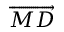
\overrightarrow { M D }